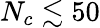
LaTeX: N_{c}\lesssim 50